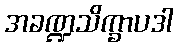
အခဏ္ဍသိက္ခာပဒါ